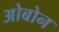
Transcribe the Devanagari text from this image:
ओबोन